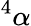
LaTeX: ^4\alpha